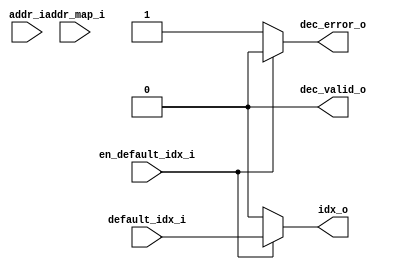
module addr_decode_160C3_6EDEE (
	addr_i,
	addr_map_i,
	idx_o,
	dec_valid_o,
	dec_error_o,
	en_default_idx_i,
	default_idx_i
);
	parameter [331:0] addr_t_Cfg = 0;
	parameter [31:0] NoIndices = 32'd0;
	parameter [31:0] NoRules = 32'd0;
	parameter [0:0] Napot = 0;
	function automatic [31:0] cf_math_pkg_idx_width;
		input reg [31:0] num_idx;
		cf_math_pkg_idx_width = (num_idx > 32'd1 ? $unsigned($clog2(num_idx)) : 32'd1);
	endfunction
	parameter [31:0] IdxWidth = cf_math_pkg_idx_width(NoIndices);
	input wire [addr_t_Cfg[95-:32] - 1:0] addr_i;
	input wire [(NoRules * 160) - 1:0] addr_map_i;
	output reg [IdxWidth - 1:0] idx_o;
	output reg dec_valid_o;
	output reg dec_error_o;
	input wire en_default_idx_i;
	input wire [IdxWidth - 1:0] default_idx_i;
	reg [NoRules - 1:0] matched_rules;
	function automatic [IdxWidth - 1:0] sv2v_cast_29535;
		input reg [IdxWidth - 1:0] inp;
		sv2v_cast_29535 = inp;
	endfunction
	always @(*) begin
		matched_rules = 1'sb0;
		dec_valid_o = 1'b0;
		dec_error_o = (en_default_idx_i ? 1'b0 : 1'b1);
		idx_o = (en_default_idx_i ? default_idx_i : {IdxWidth {1'sb0}});
		begin : sv2v_autoblock_1
			reg [31:0] i;
			for (i = 0; i < NoRules; i = i + 1)
				if (((!Napot && (addr_i >= addr_map_i[(i * 160) + 127-:64])) && ((addr_i < addr_map_i[(i * 160) + 63-:64]) || (addr_map_i[(i * 160) + 63-:64] == {(((0 >= ((NoRules * 160) - 1) ? i * 160 : (i * 160) + 159) >= (0 >= ((NoRules * 160) - 1) ? (i * 160) + 159 : i * 160) ? 63 : 0) >= ((0 >= ((NoRules * 160) - 1) ? i * 160 : (i * 160) + 159) >= (0 >= ((NoRules * 160) - 1) ? (i * 160) + 159 : i * 160) ? 0 : 63) ? (((0 >= ((NoRules * 160) - 1) ? i * 160 : (i * 160) + 159) >= (0 >= ((NoRules * 160) - 1) ? (i * 160) + 159 : i * 160) ? 63 : 0) - ((0 >= ((NoRules * 160) - 1) ? i * 160 : (i * 160) + 159) >= (0 >= ((NoRules * 160) - 1) ? (i * 160) + 159 : i * 160) ? 0 : 63)) + 1 : (((0 >= ((NoRules * 160) - 1) ? i * 160 : (i * 160) + 159) >= (0 >= ((NoRules * 160) - 1) ? (i * 160) + 159 : i * 160) ? 0 : 63) - ((0 >= ((NoRules * 160) - 1) ? i * 160 : (i * 160) + 159) >= (0 >= ((NoRules * 160) - 1) ? (i * 160) + 159 : i * 160) ? 63 : 0)) + 1) {1'sb0}}))) || (Napot && ((addr_map_i[(i * 160) + 127-:64] & addr_map_i[(i * 160) + 63-:64]) == (addr_i & addr_map_i[(i * 160) + 63-:64])))) begin
					matched_rules[i] = 1'b1;
					dec_valid_o = 1'b1;
					dec_error_o = 1'b0;
					idx_o = sv2v_cast_29535(addr_map_i[(i * 160) + 159-:32]);
				end
		end
	end
endmodule